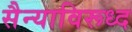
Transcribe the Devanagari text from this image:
सैन्याविरूध्द